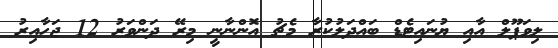
ލިވަޕޫލް އާއި ޔުނައިޓެޑް ބައްދަލުކުރާ މެޗު އޮންނާނީ މިރޭ ދަންވަރު 12 ޖަހާއިރު